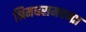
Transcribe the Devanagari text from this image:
श्रिमधरामचन्द्रा